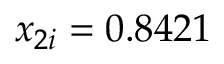
x _ { 2 i } = 0 . 8 4 2 1